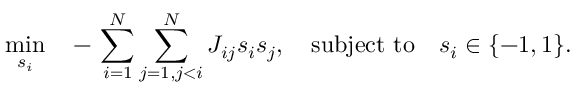
\operatorname* { m i n } _ { s _ { i } } \quad - \, \sum _ { i = 1 } ^ { N } \sum _ { j = 1 , j < i } ^ { N } J _ { i j } s _ { i } s _ { j } , \quad \mathrm { s u b j e c t } \ \mathrm { t o } \quad s _ { i } \in \{ - 1 , 1 \} .